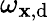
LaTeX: \omega_{\mathbf{x},\mathrm{{d}}}